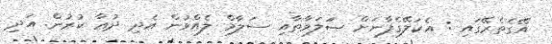
އޭގެތެރޭގައި : އެކަލޭގެފާނަށް ޞަަލަވާތާއި ސަލާމް ލެއްވުން އެދި ދުޢާ ކުރުން. އަދި